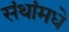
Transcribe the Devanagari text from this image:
संथांमधे